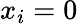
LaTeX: x_{i}=0